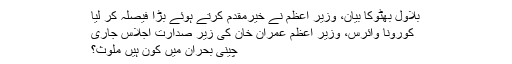
بلاول بھٹوکا بیان، وزیر اعظم نے خیرمقدم کرتے ہوئے بڑا فیصلہ کر لیا
کورونا وائرس، وزیر اعظم عمران خان کی زیر صدارت اجلاس جاری
چینی بحران میں کون ہیں ملوث؟